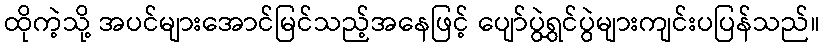
ထိုကဲ့သို့ အပင်များအောင်မြင်သည့်အနေဖြင့် ပျော်ပွဲရွှင်ပွဲများကျင်းပပြန်သည်။